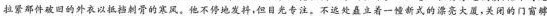
拉紧那件破的外衣以抵挡刺骨的寒风。他不停地发抖，但目光专注。不远处矗立着一幢新式的漂亮大厦，关闭的门窗够